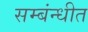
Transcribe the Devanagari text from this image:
सम्बंन्धीत